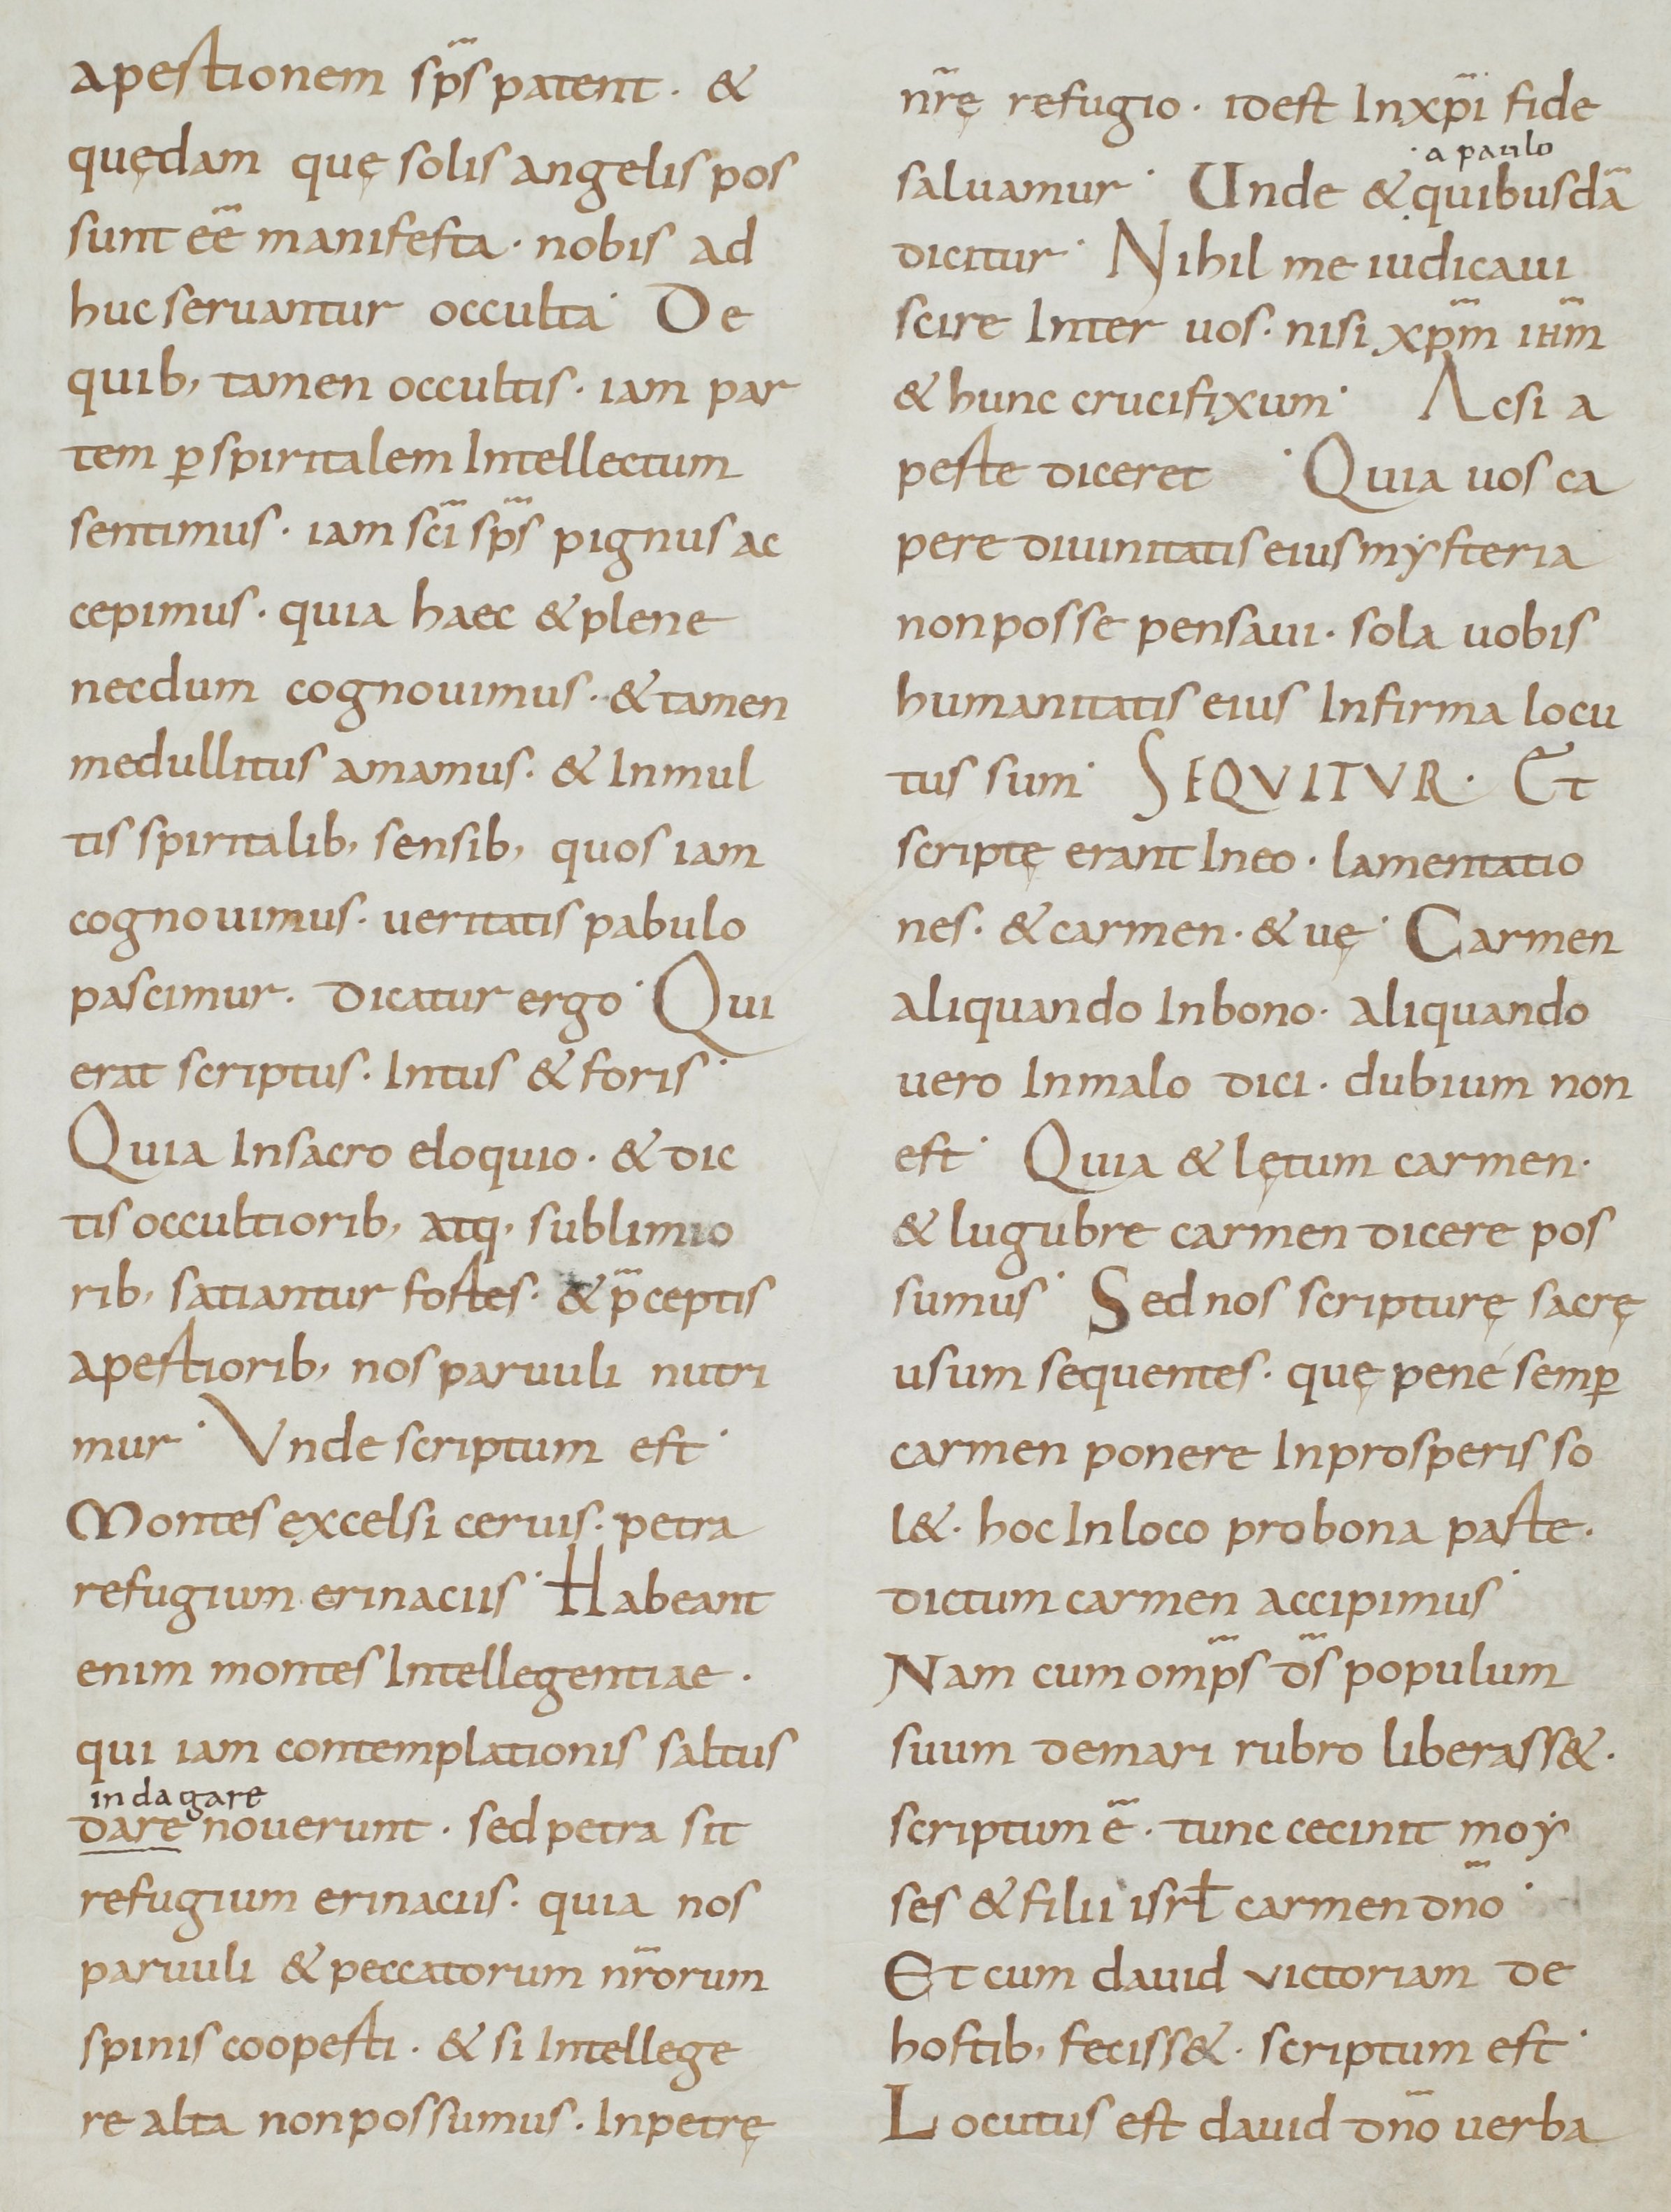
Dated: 800–899